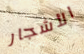
الأشجار